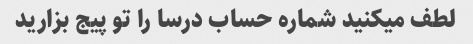
لطف میکنید شماره حساب درسا را تو پیج بزارید